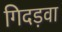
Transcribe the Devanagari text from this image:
गिदड़वा